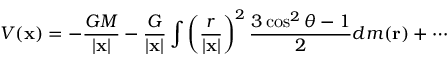
V ( \mathbf { x } ) = - { \frac { G M } { | \mathbf { x } | } } - { \frac { G } { | \mathbf { x } | } } \int \left( { \frac { r } { | \mathbf { x } | } } \right) ^ { 2 } { \frac { 3 \cos ^ { 2 } \theta - 1 } { 2 } } d m ( \mathbf { r } ) + \cdots